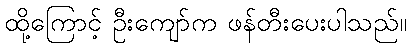
ထို့ကြောင့် ဦးကျော်က ဖန်တီးပေးပါသည်။